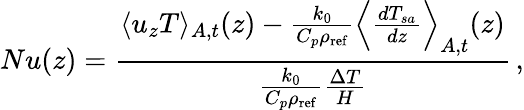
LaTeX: Nu(z)=\frac{\langle u_{z}T\rangle_{A,t}(z)-\frac{k_{0}}{C_{p}\rho_{\mathrm{ref}}}\Big\langle\frac{dT_{sa}}{dz}\Big\rangle_{A,t}(z)}{\frac{k_{0}}{C_{p}\rho_{\mathrm{ref}}}\frac{\Delta T}{H}}\, ,